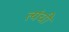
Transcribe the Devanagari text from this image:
त्यंची